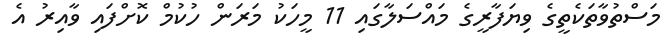
މަސްތުވާތަކެތީގެ ވިޔަފާރީގެ މައްސަލާގައި 11 މީހަކު މަރަން ހުކުމް ކޮށްފައި ވާއިރު އެ